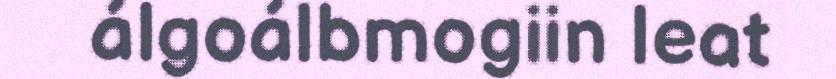
álgoálbmogiin leat